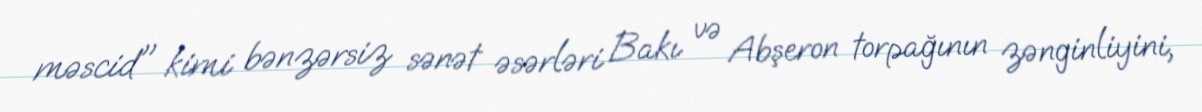
məscid" kimi bənzərsiz sənət əsərləri Bakı və Abşeron torpağının zənginliyini,